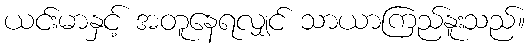
ယင်းမာနှင့် အတူနေရလျှင် သာယာကြည်နူးသည်။